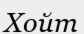
Хойт